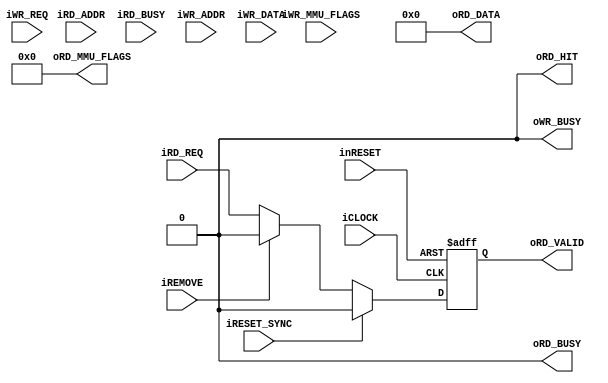
module l1_inst_cache_64entry_4way_line64b_bus_8b_disable_cache(
		input wire iCLOCK,
		input wire inRESET,
		input wire iRESET_SYNC,
		input wire iREMOVE,
		input wire iRD_REQ,
		output wire oRD_BUSY,		
		input wire [31:0] iRD_ADDR,		
		output wire oRD_VALID,
		output wire oRD_HIT,
		input wire iRD_BUSY,		
		output wire [63:0] oRD_DATA,
		output wire [23:0] oRD_MMU_FLAGS,
		input wire iWR_REQ,
		output wire oWR_BUSY,
		input wire [31:0] iWR_ADDR,	
		input wire [511:0] iWR_DATA,
		input wire [255:0] iWR_MMU_FLAGS
	);
	assign oRD_BUSY = 1'b0;
	reg b_req_valid;
	always@(posedge iCLOCK or negedge inRESET)begin
		if(!inRESET)begin
			b_req_valid <= 1'b0;
		end
		else if(iRESET_SYNC)begin
			b_req_valid <= 1'b0;
		end
		else if(iREMOVE)begin
			b_req_valid <= 1'b0;
		end
		else begin
			b_req_valid <= iRD_REQ;
		end
	end
	assign oRD_VALID = b_req_valid;
	assign oRD_HIT = 1'b0;
	assign oRD_DATA = 64'h0;
	assign oRD_MMU_FLAGS = 23'h0;
	assign oWR_BUSY = 1'b0;
endmodule